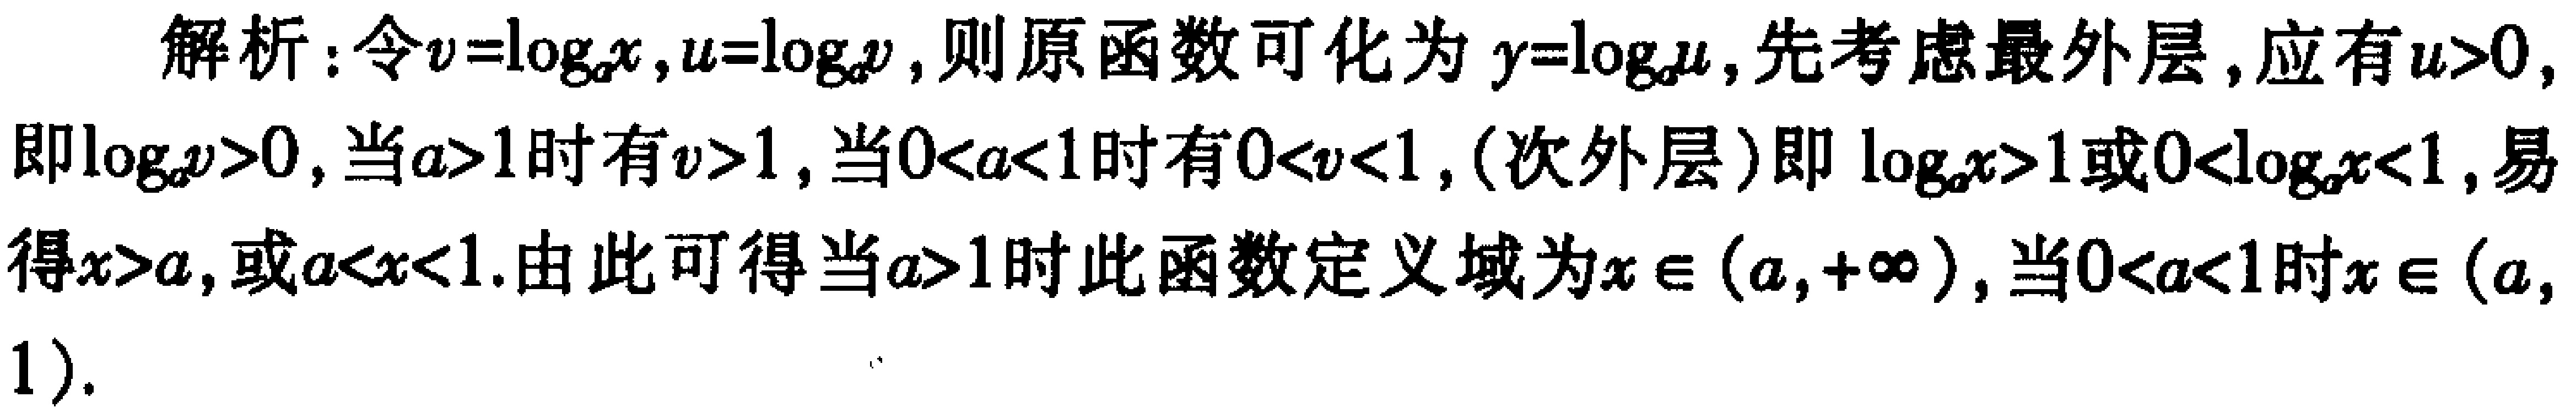
解析：令\(v = \log_{a}x\)，\(u = \log_{a}v\)，则原函数可化为\(y = \log_{a}u\)，先考虑最外层，应有\(u>0\)，即\(\log_{a}v>0\)，当\(a > 1\)时有\(v>1\)，当\(0 < a < 1\)时有\(0 < v < 1\)，(次外层)即\(\log_{a}x>1\)或\(0<\log_{a}x<1\)，易得\(x > a\)，或\(a < x < 1\).由此可得当\(a > 1\)时此函数定义域为\(x\in(a,+\infty)\)，当\(0 < a < 1\)时\(x\in(a,1)\).